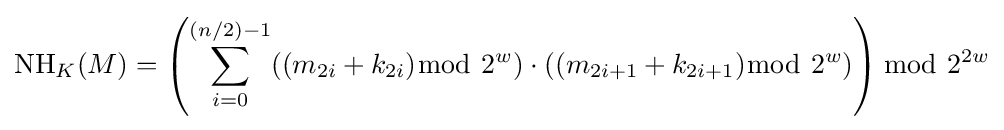
\operatorname {NH} _{K}(M)=\left(\sum _{i=0}^{(n/2)-1}((m_{2i}+k_{2i}){\bmod {~}}2^{w})\cdot ((m_{2i+1}+k_{2i+1}){\bmod {~}}2^{w})\right){\bmod {~}}2^{2w}